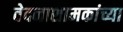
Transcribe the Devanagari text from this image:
वेदनाशामकांच्या